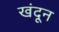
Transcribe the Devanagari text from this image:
खंदून